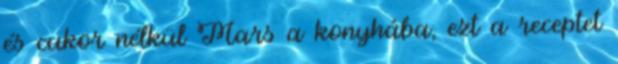
és cukor nélkül Mars a konyhába, ezt a receptet